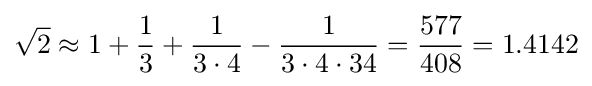
{\sqrt {2}}\approx 1+{\frac {1}{3}}+{\frac {1}{3\cdot 4}}-{\frac {1}{3\cdot 4\cdot 34}}={\frac {577}{408}}=1.4142